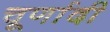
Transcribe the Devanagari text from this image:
चूर्णादी